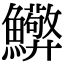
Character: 𮬘